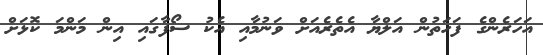
އަހަރެންގެ ފަހަތުން އަލްޔާ އެތެރެއަށް ވަނުމާއި އެކު ސޯފާގައި އިން މަންމަ ކޮޅަށް